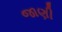
જાણી